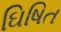
ઘિષિત